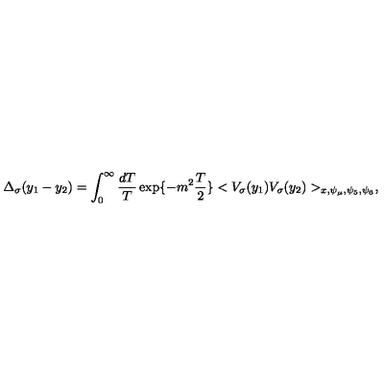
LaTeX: \Delta _ { \sigma } ( y _ { 1 } - y _ { 2 } ) = \int _ { 0 } ^ { \infty } \frac { d T } { T } \exp \{ - m ^ { 2 } \frac { T } { 2 } \} < V _ { \sigma } ( y _ { 1 } ) V _ { \sigma } ( y _ { 2 } ) > _ { x , \psi _ { \mu } , \psi _ { 5 } , \psi _ { 6 } } ,